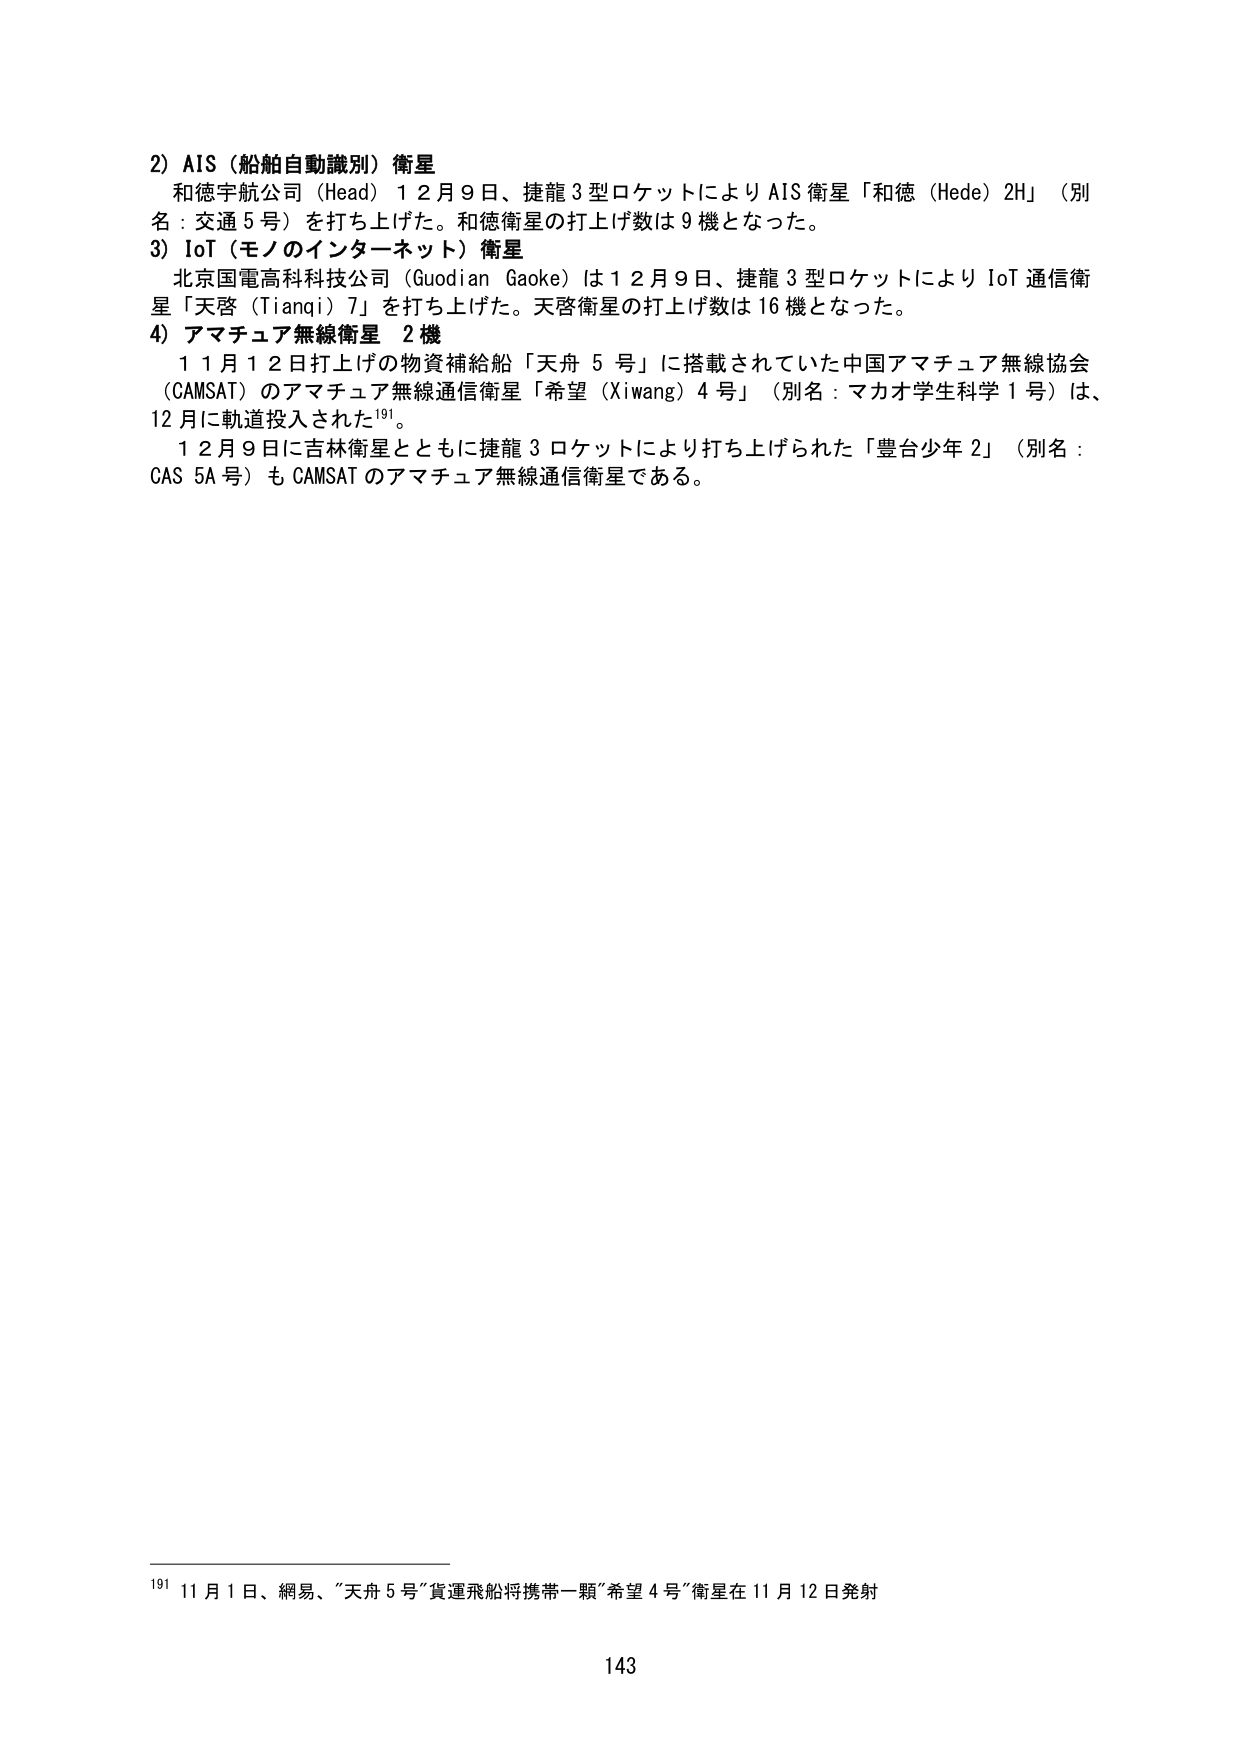
2) AIS（船舶自動識別）衛星
和徳宇航公司（Head）12月9日、捷龍3型ロケットによりAIS衛星「和徳（Hede）2H」（別名：交通5号）を打ち上げた。和徳衛星の打上げ数は9機となった。

3) IoT（モノのインターネット）衛星
北京国電高科科技公司（Guodian Gaoke）は12月9日、捷龍3型ロケットによりIoT通信衛星「天啓（Tianqi）7」を打ち上げた。天啓衛星の打上げ数は16機となった。

4) アマチュア無線衛星 2機
11月12日打上げの物資補給船「天舟5号」に搭載されていた中国アマチュア無線協会（CAMSAT）のアマチュア無線通信衛星「希望（Xiwang）4号」（別名：マカオ学生科学1号）は、12月に軌道投入された¹⁹¹。
12月9日に吉林衛星とともに捷龍3ロケットにより打ち上げられた「豊台少年2」（別名：CAS 5A号）もCAMSATのアマチュア無線通信衛星である。

¹⁹¹ 11月1日、網易、「天舟5号」貨運飛船将攜帶一顆「希望4号」衛星在11月12日発射

143